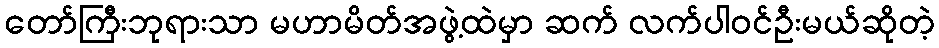
တော်ကြီးဘုရားသာ မဟာမိတ်အဖွဲ့ထဲမှာ ဆက် လက်ပါဝင်ဦးမယ်ဆိုတဲ့